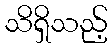
သိရှိသည့်